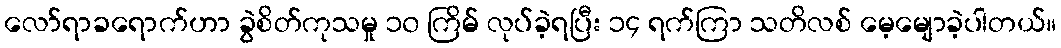
လော်ရာခရောက်ဟာ ခွဲစိတ်ကုသမှု ၁၀ ကြိမ် လုပ်ခဲ့ရပြီး ၁၄ ရက်ကြာ သတိလစ် မေ့မျောခဲ့ပါတယ်။